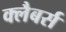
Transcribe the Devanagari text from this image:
क्लैबर्स